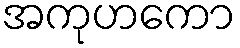
အကုဟကော